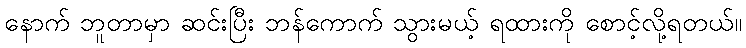
နောက် ဘူတာမှာ ဆင်းပြီး ဘန်ကောက် သွားမယ့် ရထားကို စောင့်လို့ရတယ်။